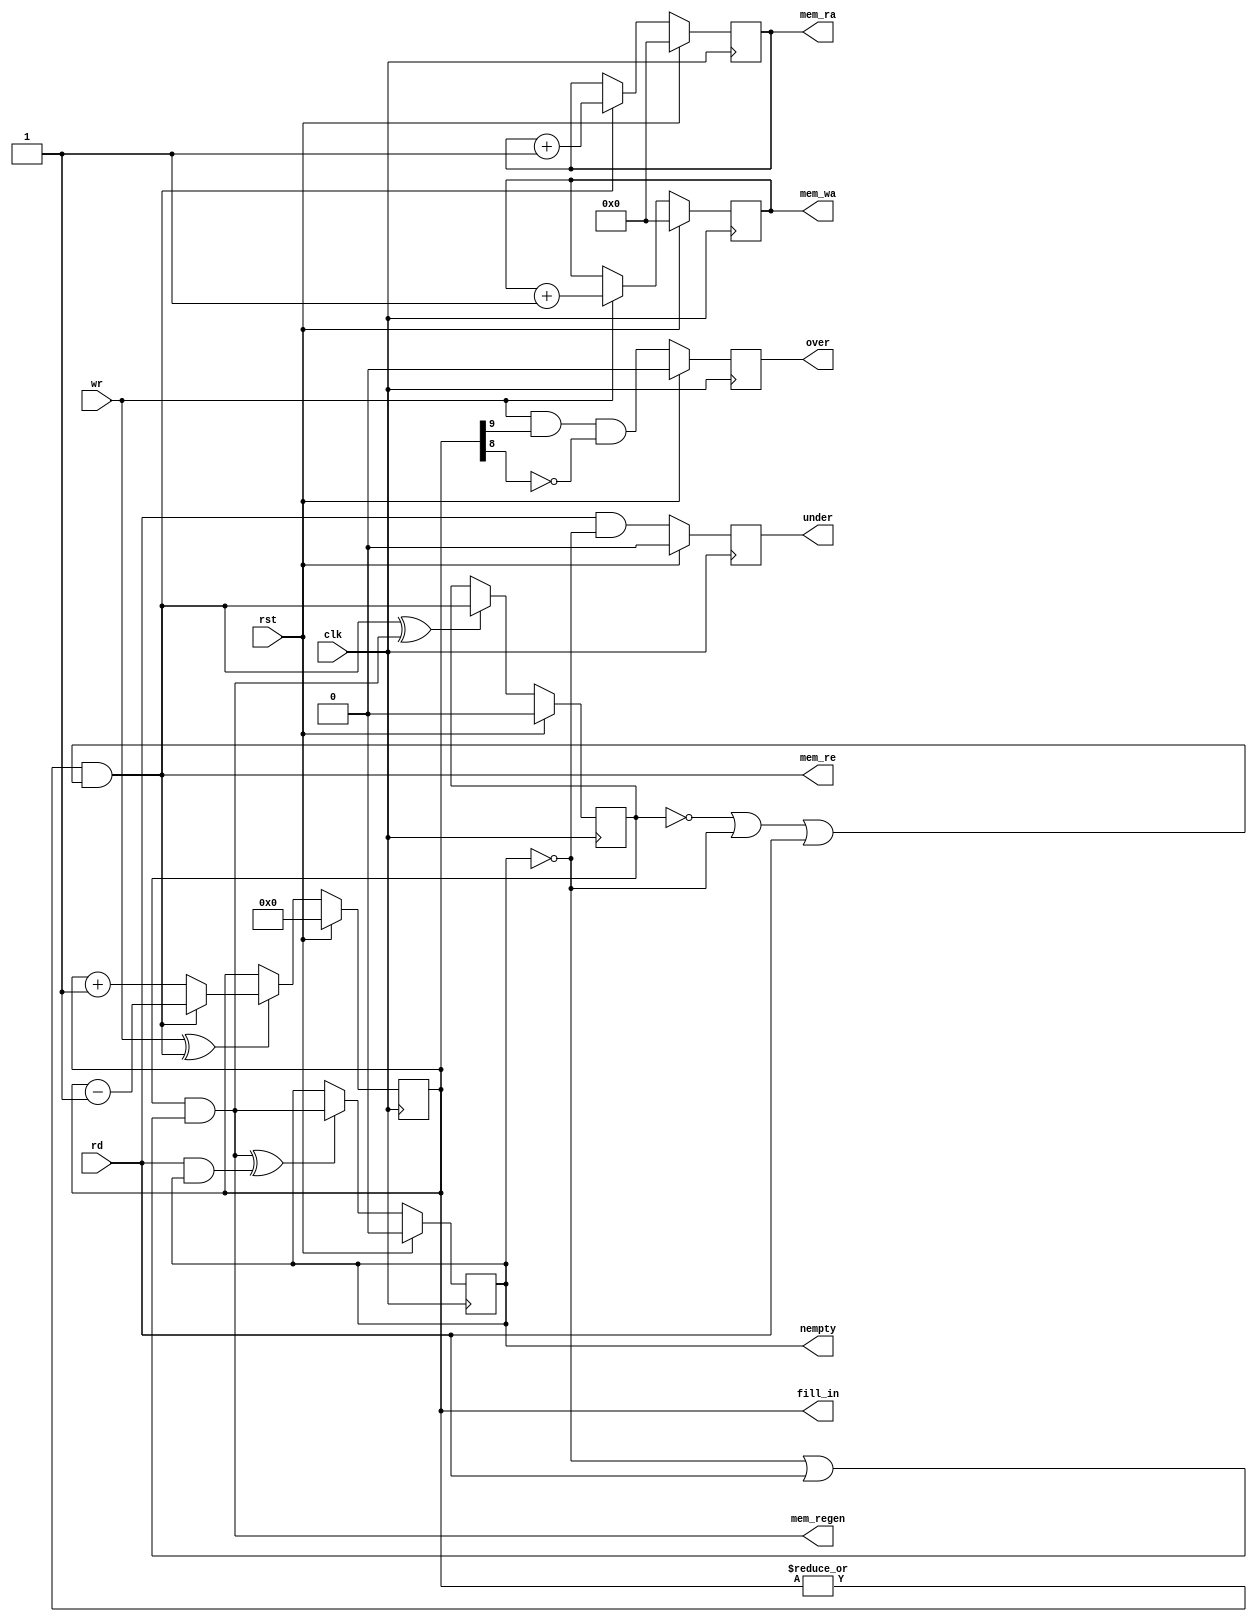
/*******************************************************************************
 * Module: fifo_sameclock_control
 * Description: BRAM-based fifo control, uses BARM output registers
 *
 * Copyright (c) 2016 Elphel, Inc .
 * fifo_sameclock_control.v is free software; you can redistribute it and/or modify
 * it under the terms of the GNU General Public License as published by
 * the Free Software Foundation, either version 3 of the License, or
 * (at your option) any later version.
 *
 *  fifo_sameclock_control.v is distributed in the hope that it will be useful,
 * but WITHOUT ANY WARRANTY; without even the implied warranty of
 * MERCHANTABILITY or FITNESS FOR A PARTICULAR PURPOSE.  See the
 * GNU General Public License for more details.
 *
 * You should have received a copy of the GNU General Public License
 * along with this program.  If not, see <http://www.gnu.org/licenses/> .
 *******************************************************************************/
`timescale 1ns/1ps

module  fifo_sameclock_control#(
    parameter WIDTH = 9
)(
    input                  clk,
    input                  rst,  // clock-sync reset
    input                  wr,  // write to FIFO (also applied directly to memory)
    input                  rd,  // read from FIFO, internally masked by nempty
    output                 nempty,    // at read side 
    output       [WIDTH:0] fill_in,   // valid at write side, latency 1 for read 
    output reg [WIDTH-1:0] mem_wa,
    output reg [WIDTH-1:0] mem_ra,
    output                 mem_re,
    output                 mem_regen,
    output reg             over,
    output reg             under
    
);
    reg       [WIDTH:0] fill_ram;
    
    reg                 ramo_full;
    reg                 rreg_full;
    
    assign mem_re = (|fill_ram) && (!ramo_full || !rreg_full || rd);
    assign mem_regen =   ramo_full && (!rreg_full || rd);
    assign nempty =    rreg_full;
    assign fill_in =   fill_ram;
    
    always @ (posedge clk) begin
        if     (rst) mem_wa <= 0;
        else if (wr) mem_wa <= mem_wa + 1;

        if      (rst)    mem_ra <= 0;
        else if (mem_re) mem_ra <= mem_ra + 1;

        if      (rst)                fill_ram <= 0;
        else if (wr ^ mem_re)        fill_ram <= mem_re ? (fill_ram - 1) : (fill_ram + 1);

        if      (rst)                ramo_full <= 0;
        else if (mem_re ^ mem_regen) ramo_full <= mem_re;

        if      (rst)                           rreg_full <= 0;
        else if (mem_regen ^ (rd && rreg_full)) rreg_full <= mem_regen;
        
        if (rst)                     under <= 0;
        else                         under <= rd && ! rreg_full;
        
        if (rst)                     over <= 0;
        else                         over <= wr && fill_ram[WIDTH] && !fill_ram[WIDTH-1];
        
    end

endmodule